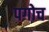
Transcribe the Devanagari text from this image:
पगोच